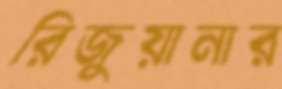
রিজুয়ানার